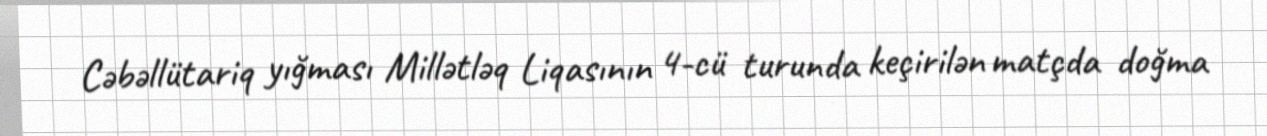
Cəbəllütariq yığması Millətləq Liqasının 4-cü turunda keçirilən matçda doğma